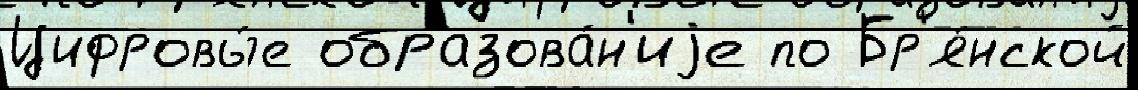
Цифровы́е образова́н'иjе по Бр'я́нской